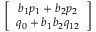
\left[ \begin{array} { c } { { b _ { 1 } p _ { 1 } + b _ { 2 } p _ { 2 } } } \\ { { q _ { 0 } + b _ { 1 } b _ { 2 } q _ { 1 2 } } } \end{array} \right]